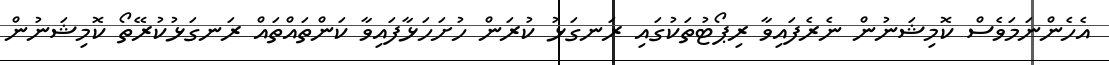
އެހެންނަމަވެސް ކޮމިޝަނުން ނެރެފައިވާ ރިޕޯޓުތަކުގައި ރަނގަޅު ކުރަން ހުށަހަޅާފައިވާ ކަންތައްތައް ރަނގަޅުކުރޭތޯ ކޮމިޝަނުން